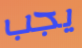
يجب